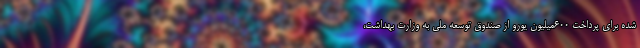
شده برای پرداخت ۶۰۰میلیون یورو از صندوق توسعه ملی به وزارت بهداشت،